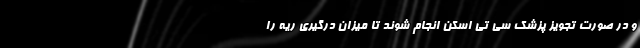
و در صورت تجویز پزشک سی تی اسکن انجام شوند تا میزان درگیری ریه را